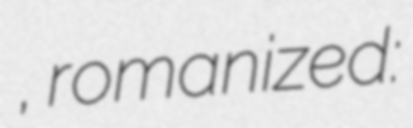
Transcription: України, romanized: